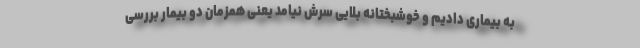
به بیماری دادیم و خوشبختانه بلایی سرش نیامد یعنی همزمان دو بیمار بررسی